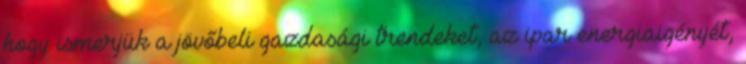
hogy ismerjük a jövőbeli gazdasági trendeket, az ipar energiaigényét,